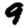
Digit: 9